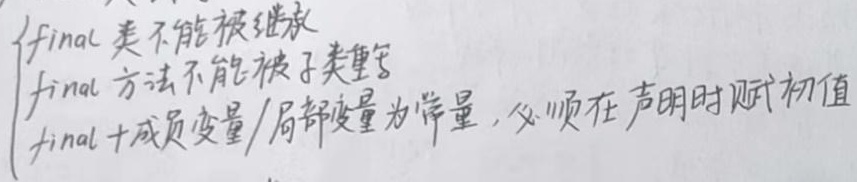
`final`类不能被继承，`final`方法不能被子类重写，`final`成员变量/局部变量为常量，必须在声明时赋初值。